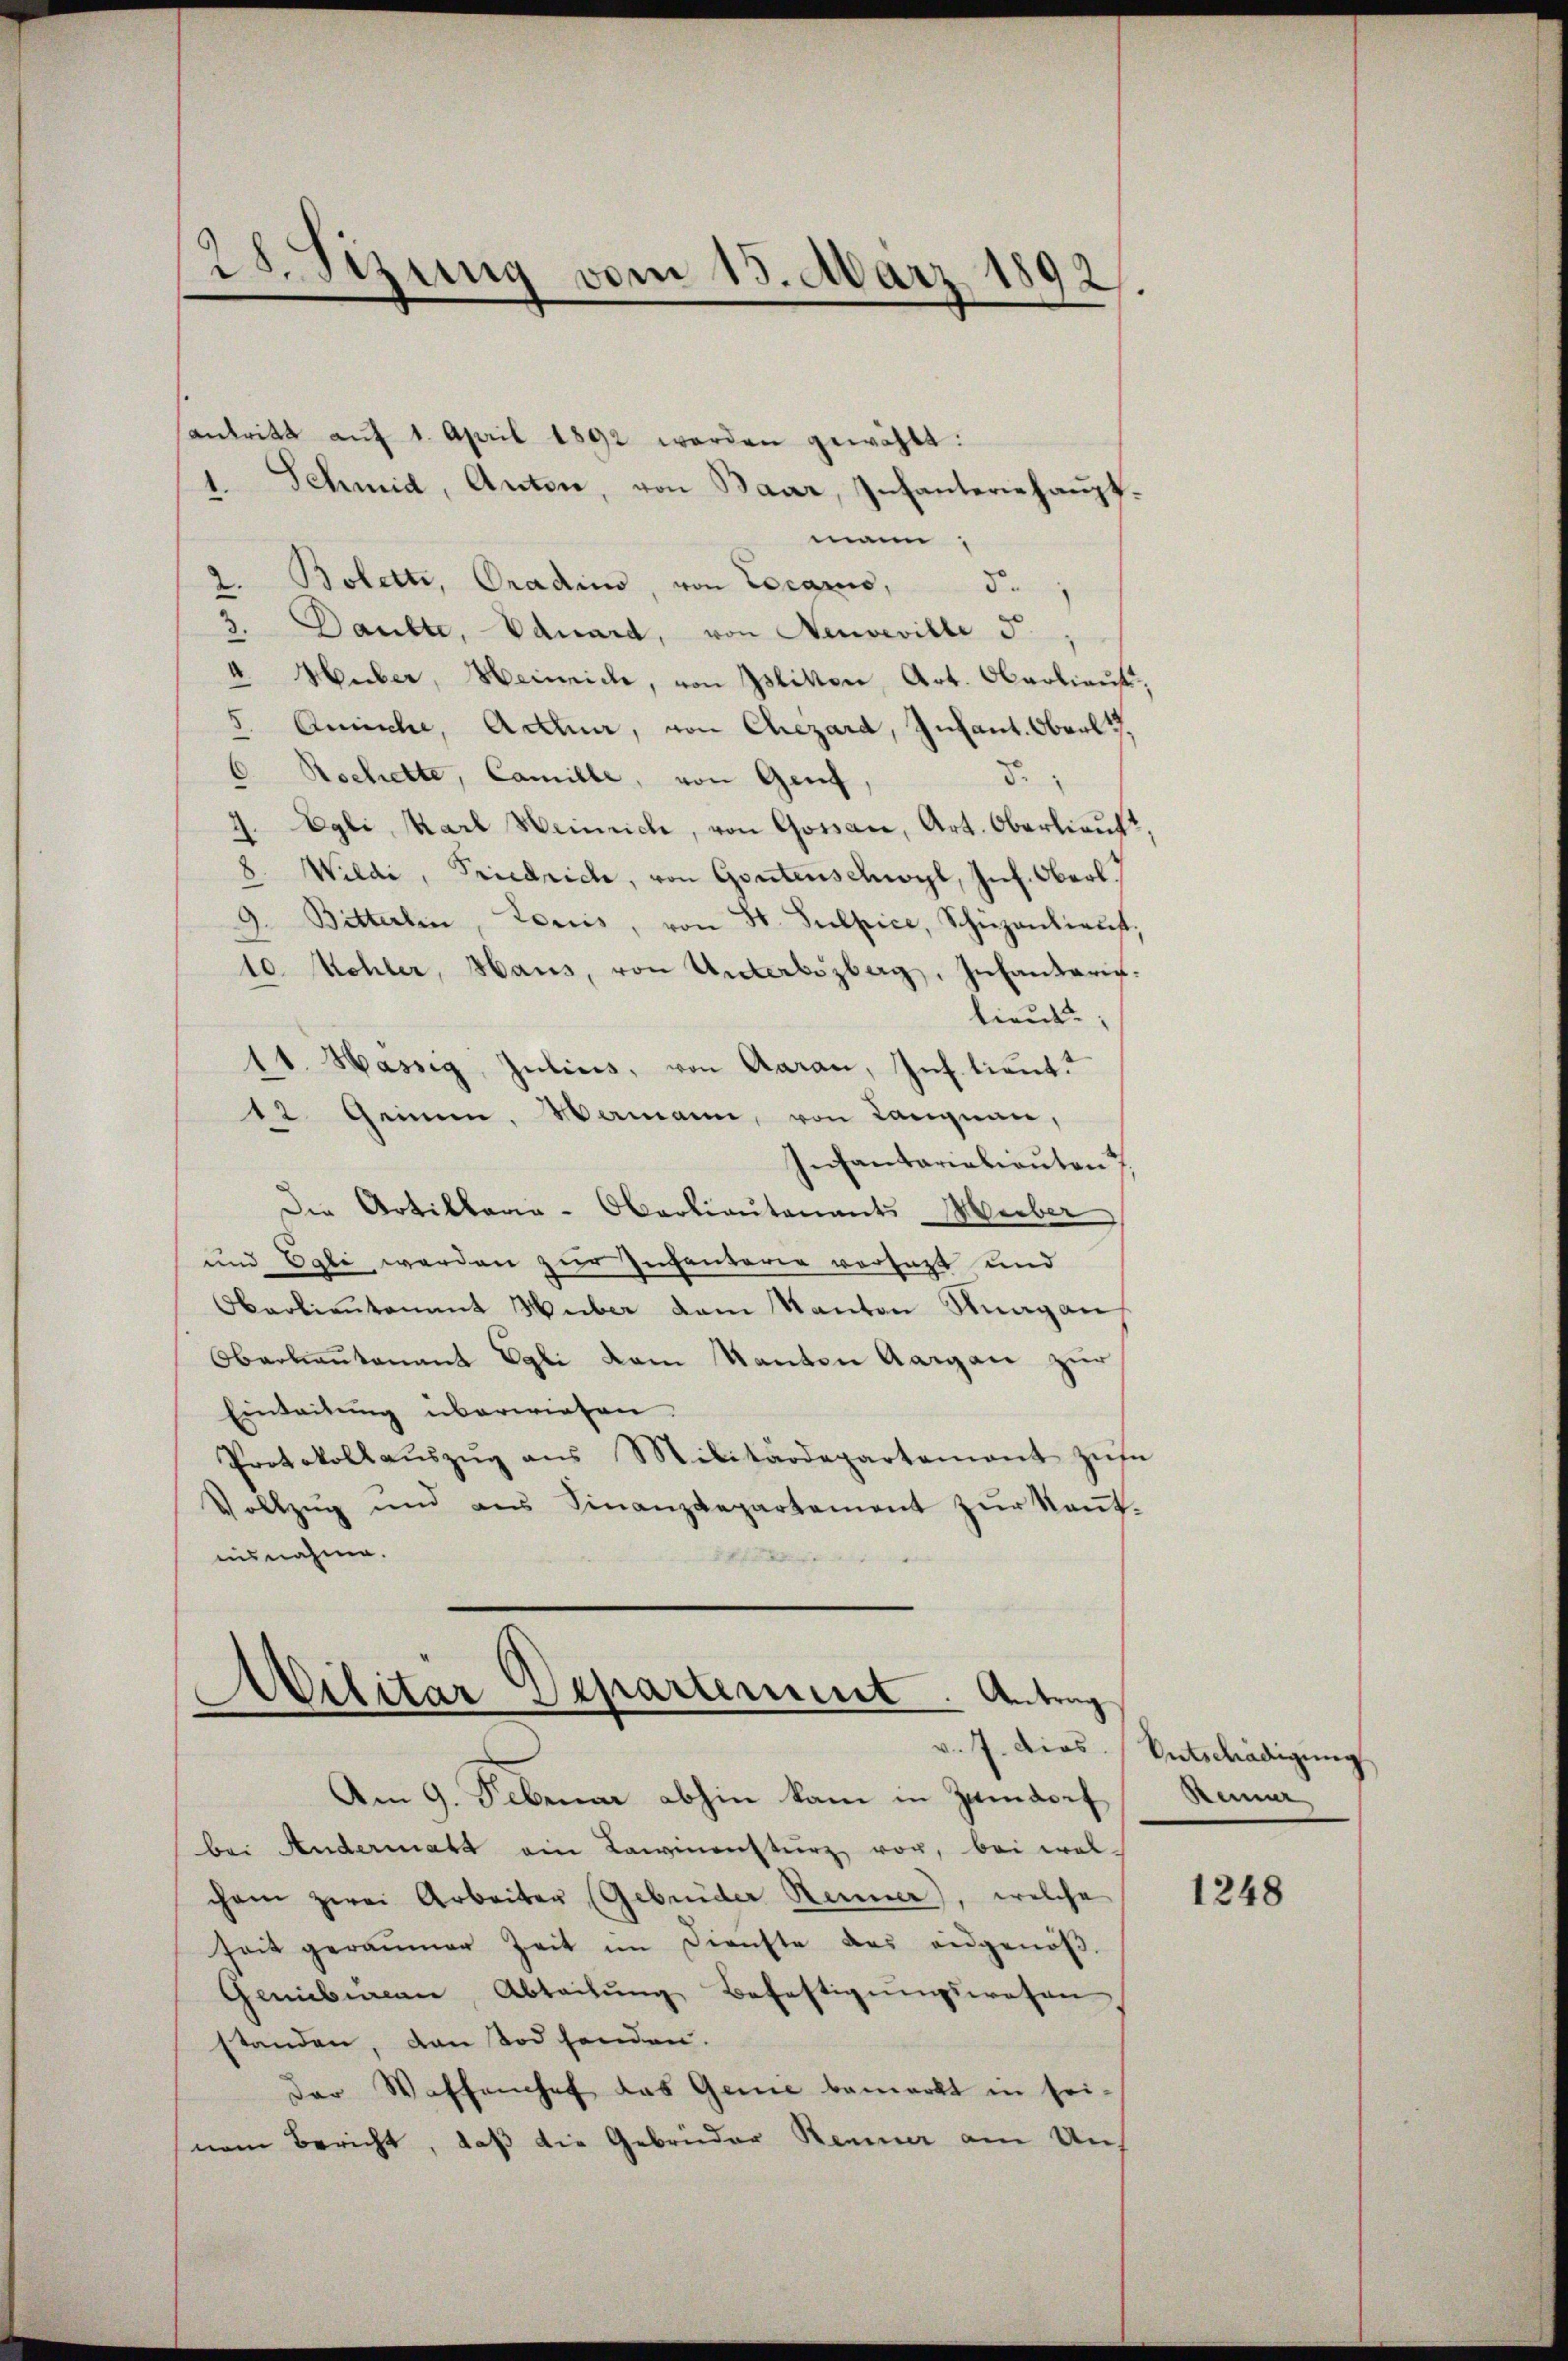
28. Sitzung vom 15. März 1892

antritt aŭf 1. April 1892 werden gewählt:
1. Schmid, Anton, von Baar, Infanteriehaupt.
mann,
Bolett, Oradin, von Locario,
5.
2.
3. Dankte, Vanard, von Neuveville 5
4. Huber, eineide, von Islikon, Art. Oberlieut
Amnische, Acteur, von Chezard, Infant. Oberlt.
5.
Rechette, Camille, von Genf
.
J. Egli, Karl Weinrich, von Gossar, Art. Oberlieut.
3. Wiedi, Priedrich, von Gontenschwyl, Inf. Oberl
d. Bitterlin, Loriis, von St. Sulpice, Schüzanlieŭt.
10. Mehler, Haus, von Unterbozberg. Infantaris.
lieut.
1t. Hassig, Juliers, von Aarau, Inf. lieut.
12 Gemen. Wemann, von Langnau,
hechantarialienten
Die Artillaria-Oberlieutenants Weiber
und Egli werden zur Infanterie vorsetzt und
Oberlieutenant Huber dem Kanton Stung an
Oberlieutenant Egli dem Kanton Aargau zur
Einleitŭng überwiesen.
Protokollaŭszŭg ans Militärdepartement zŭse
Vollzug und aus Finanzdepartement zur Kauf-
nisnahme.

Wilitar Separtement. Antrag
e
v. J. dies

Am 9. Februar abhin kam in Zumdorf
bei Andermatt ein Lawinensturz vor, bei wol-
chem zwei Arbeiter (Gebrüder Renner, welche
heit geraumer Zeit im Dienste das eidgenöß
Genübern, Abteilung Befestigungswesen
standen, den Tod senden.
der Waffenhof das Genie bemerkt in sei-
nem Bericht, daß die Gebrüder Renner am Un¬

Entschädigung
Reiner

1248